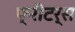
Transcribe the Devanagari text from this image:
फ्रीटर्स